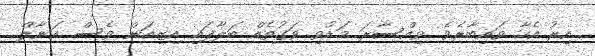
އިރު އެހާ ވައިބާރެވެ. ވިއްސާރަ މަޑުވި ވަގުތެއް ބަލާފައި އިޒިއަން ވެސް އަނާލް